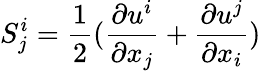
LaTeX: S_{j}^{i}=\frac{1}{2}(\frac{\partial u^{i}}{\partial x_{j}}+\frac{\partial u^{j}}{\partial x_{i}})